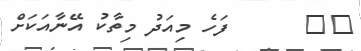
٣٥      ފަހެ މިއަދު މިތާކު އޭނާއަކަށް